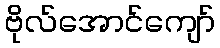
ဗိုလ်အောင်ကျော်